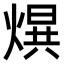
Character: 𤌱